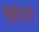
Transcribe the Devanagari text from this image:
चिंपैजी